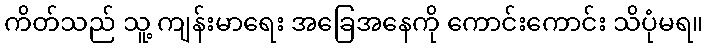
ကိတ်သည် သူ့ ကျန်းမာရေး အခြေအနေကို ကောင်းကောင်း သိပုံမရ။